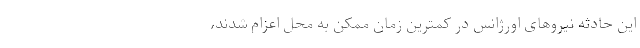
این حادثه نیروهای اورژانس در کمترین زمان ممکن به محل اعزام شدند،